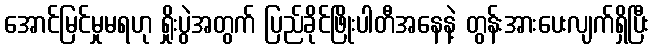
အောင်မြင်မှုမရဟု ရှိုးပွဲအတွက် ပြည်ခိုင်ဖြိုးပါတီအနေနဲ့ တွန်းအားပေးလျက်ရှိပြီး